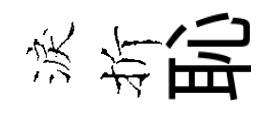
淚折恥